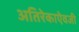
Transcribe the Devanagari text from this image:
अतिरेकाऐवजी